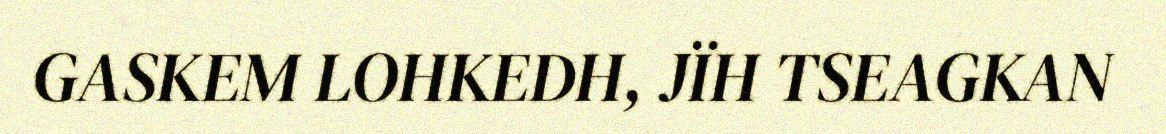
GASKEM LOHKEDH, JÏH TSEAGKAN